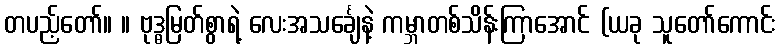
တပည့်တော်။ ။ ဗုဒ္ဓမြတ်စွာရဲ့ လေးအသင်္ချေနဲ့ ကမ္ဘာတစ်သိန်းကြာအောင် (ယခု သူတော်ကောင်း